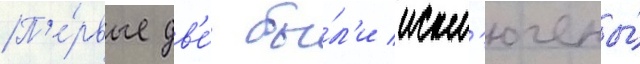
П'е́рвые дв'е́ бы́л'и искл'ючены́